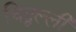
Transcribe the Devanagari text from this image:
चिद्वल्ली